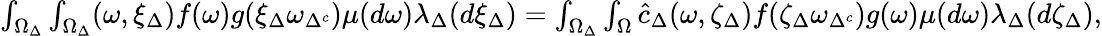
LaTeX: \begin{array}{r}{\int_{\Omega_{\Delta}}\int_{\Omega_{\Delta}}(\omega,\xi_{\Delta})f(\omega)g(\xi_{\Delta}\omega_{\Delta^{c}})\mu(d\omega)\lambda_{\Delta}(d\xi_{\Delta})=\int_{\Omega_{\Delta}}\int_{\Omega}\hat{c}_{\Delta}(\omega,\zeta_{\Delta})f(\zeta_{\Delta}\omega_{\Delta^{c}})g(\omega)\mu(d\omega)\lambda_{\Delta}(d\zeta_{\Delta}),}\end{array}